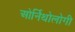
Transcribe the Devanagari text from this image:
ओर्निथोलोगी